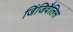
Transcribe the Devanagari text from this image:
जिंजिवैलिस